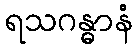
ရသဂန္ဓာနံ